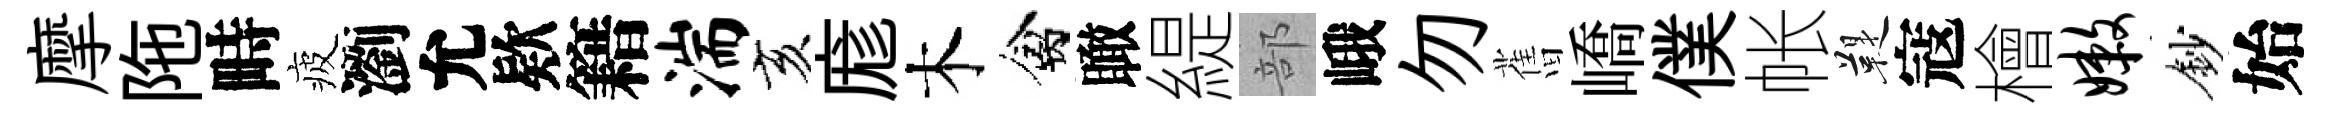
摩陁畤疲瀏允欵籍湍亥庬木禽瞰緹部峨勿𦾔嶠僕帐鞮寇檜嫩鈔始